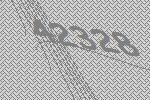
42328